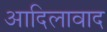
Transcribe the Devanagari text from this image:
आदिलावाद